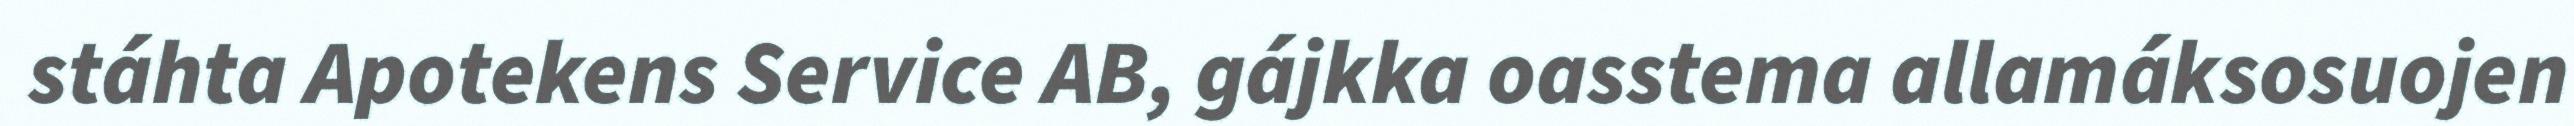
stáhta Apotekens Service AB, gájkka oasstema allamáksosuojen